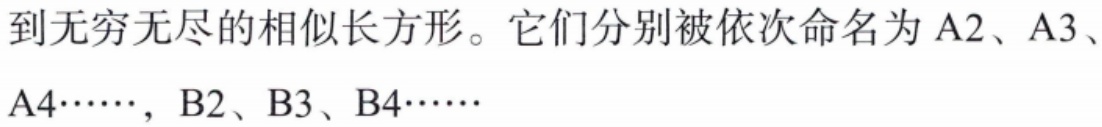
到无穷无尽的相似长方形。它们分别被依次命名为A2、A3、A4……，B2、B3、B4……